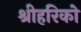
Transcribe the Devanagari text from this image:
श्रीहरिको